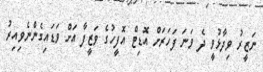
ނަޒީރު ވިދާޅުވީ ދެ ވަނަ ފަހަރަށް އޮޑިޓް އޮފީހުގެ ވަޒީފާ އަށް ވަޑައިގެންނެވިއިރު